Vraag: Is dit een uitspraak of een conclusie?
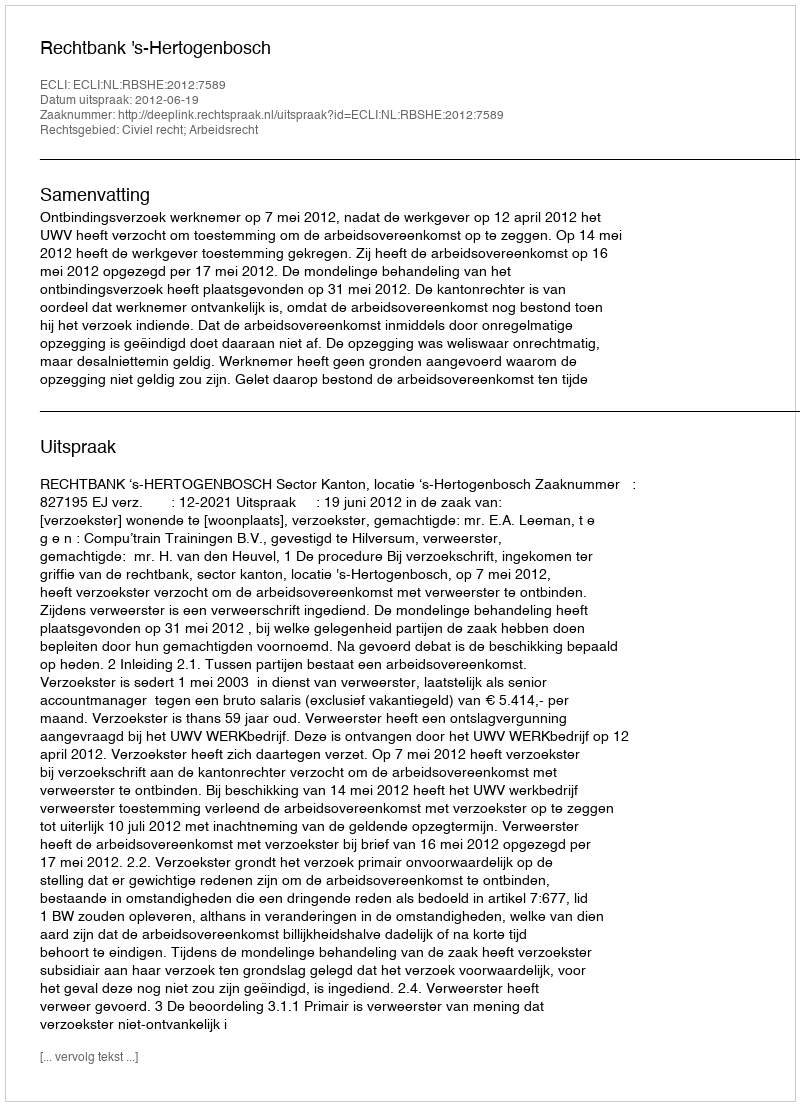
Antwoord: Uitspraak